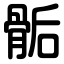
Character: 骺